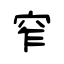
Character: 窄